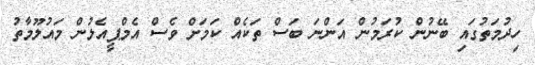
ހިދުމަތުގައި ބޭނުން ކުރަމުން އަންނަ ބަސް ތަކެއް ކަމަށް ވެސް އެމްޕީއެލުން މައުލޫމާތު